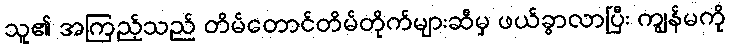
သူ၏ အကြည့်သည် တိမ်တောင်တိမ်တိုက်များဆီမှ ဖယ်ခွာလာပြီး ကျွန်မကို